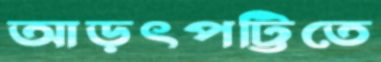
আড়ৎপট্টিতে